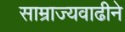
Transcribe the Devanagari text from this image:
साम्राज्यवाढीने